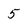
Character: 5